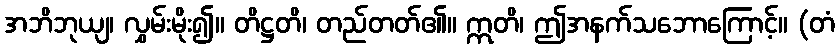
အဘိဘုယျ၊ လွှမ်းမိုး၍။ တိဋ္ဌတိ၊ တည်တတ်၏။ ဣတိ၊ ဤအနက်သဘောကြောင့်။ (တံ